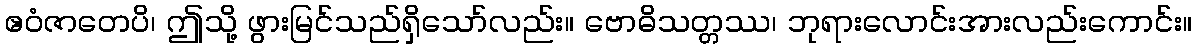
ဧဝံဇာတေပိ၊ ဤသို့ ဖွားမြင်သည်ရှိသော်လည်း။ ဗောဓိသတ္တဿ၊ ဘုရားလောင်းအားလည်းကောင်း။